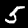
Label: 5